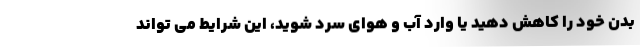
بدن خود را کاهش دهید یا وارد آب و هوای سرد شوید، این شرایط می تواند